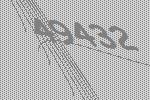
49432